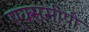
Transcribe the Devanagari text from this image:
एक्ससीपी